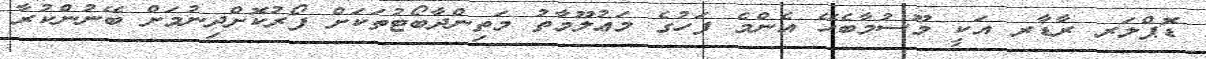
ޑޮޕްލަރ ރާޑާރ އަކީ މޫސުމާބެހޭ އެންމެ ފަހުގެ މަޢުލޫމާތު މަތިންދާބޯޓުތަކަށް ފޯރުކޮށްދިނުމަށް ބޭނުންކުރާ